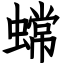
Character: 蟐